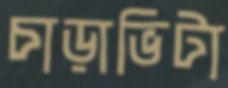
চাড়াভিটা